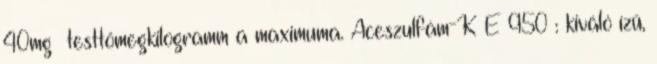
40mg testtömegkilogramm a maximuma. Aceszulfám-K E 950 : kiváló ízű,